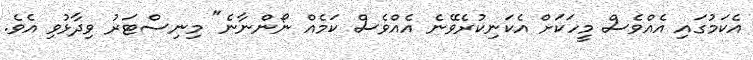
އެކަމުގައި އެއްވެސް މީހަކަށް އެކަނިކުރެވޭނެ އެއްވެސް ކަމެއް ނޯންނާނެ" މިނިސްޓަރު ވިދާޅުވި އެވެ.